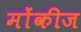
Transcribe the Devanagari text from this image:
मोंकीज